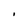
Character: i